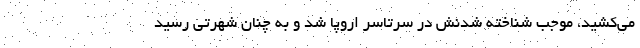
می‌کشید، موجب شناخته شدنش در سرتاسر اروپا شد و به چنان شهرتی رسید